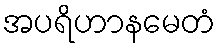
အပရိဟာနမေတံ